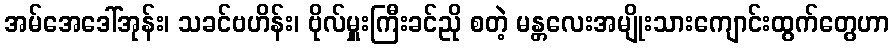
အမ်အေဒေါ်အုန်း၊ သခင်ဗဟိန်း၊ ဗိုလ်မှူးကြီးခင်ညို စတဲ့ မန္တလေးအမျိုးသားကျောင်းထွက်တွေဟာ